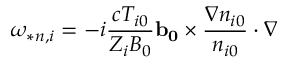
\omega _ { * n , i } = - i \frac { c T _ { i 0 } } { Z _ { i } B _ { 0 } } \mathbf { b _ { 0 } } \times \frac { \nabla n _ { i 0 } } { n _ { i 0 } } \cdot \nabla